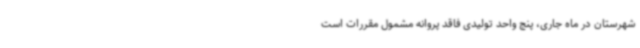
شهرستان در ماه جاری، پنج واحد تولیدی فاقد پروانه مشمول مقررات است